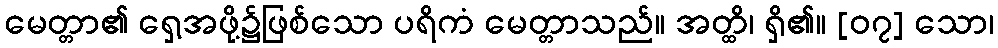
မေတ္တာ၏ ရှေ့အဖို့၌ဖြစ်သော ပရိကံ မေတ္တာသည်။ အတ္ထိ၊ ရှိ၏။ [၀၇] သော၊